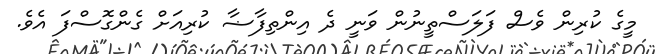
މީގެ ކުރިން ވެސް ފަލަސްތީނުން ވަނީ ދެ އިންތިފާޟާ ކުރިއަށް ގެންގޮސްފަ އެވެ.